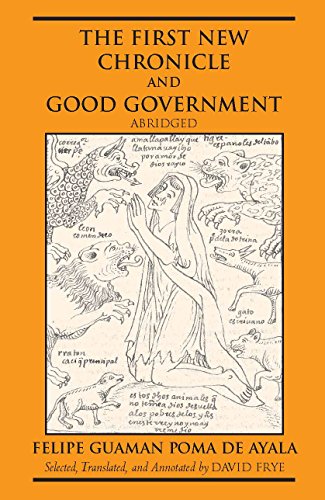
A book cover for The First New Chronicle and Good Government, Abridged (Hackett Classics); Felipe Guaman Poma De Ayala; History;